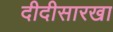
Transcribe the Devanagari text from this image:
दीदीसारखा